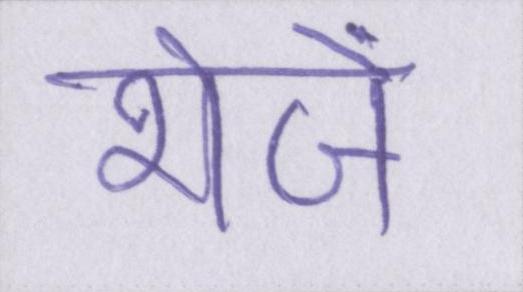
भेजें